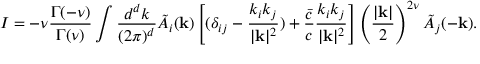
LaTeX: I = - \nu { \frac { \Gamma ( - \nu ) } { \Gamma ( \nu ) } } \int { \frac { d ^ { d } k } { ( 2 \pi ) ^ { d } } } \tilde { A } _ { i } ( { \bf k } ) \left[ ( \delta _ { i j } - { \frac { k _ { i } k _ { j } } { | { \bf k } | ^ { 2 } } } ) + { \frac { \bar { c } } { c } } { \frac { k _ { i } k _ { j } } { | { \bf k } | ^ { 2 } } } \right] \left( { \frac { | { \bf k } | } { 2 } } \right) ^ { 2 \nu } \tilde { A } _ { j } ( - { \bf k } ) .